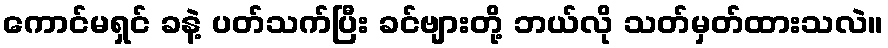
ကောင်မရှင် ခနဲ့ ပတ်သက်ပြီး ခင်ဗျားတို့ ဘယ်လို သတ်မှတ်ထားသလဲ။